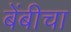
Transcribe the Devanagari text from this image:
बेंबीचा